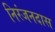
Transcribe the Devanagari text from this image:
निरंजनदास